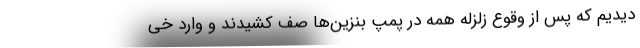
دیدیم که پس از وقوع زلزله همه در پمپ بنزین‌ها صف کشیدند و وارد خی